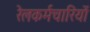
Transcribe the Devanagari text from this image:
रेलकर्मचारियों